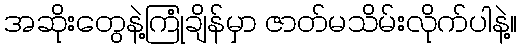
အဆိုးတွေနဲ့ကြုံချိန်မှာ ဇာတ်မသိမ်းလိုက်ပါနဲ့။